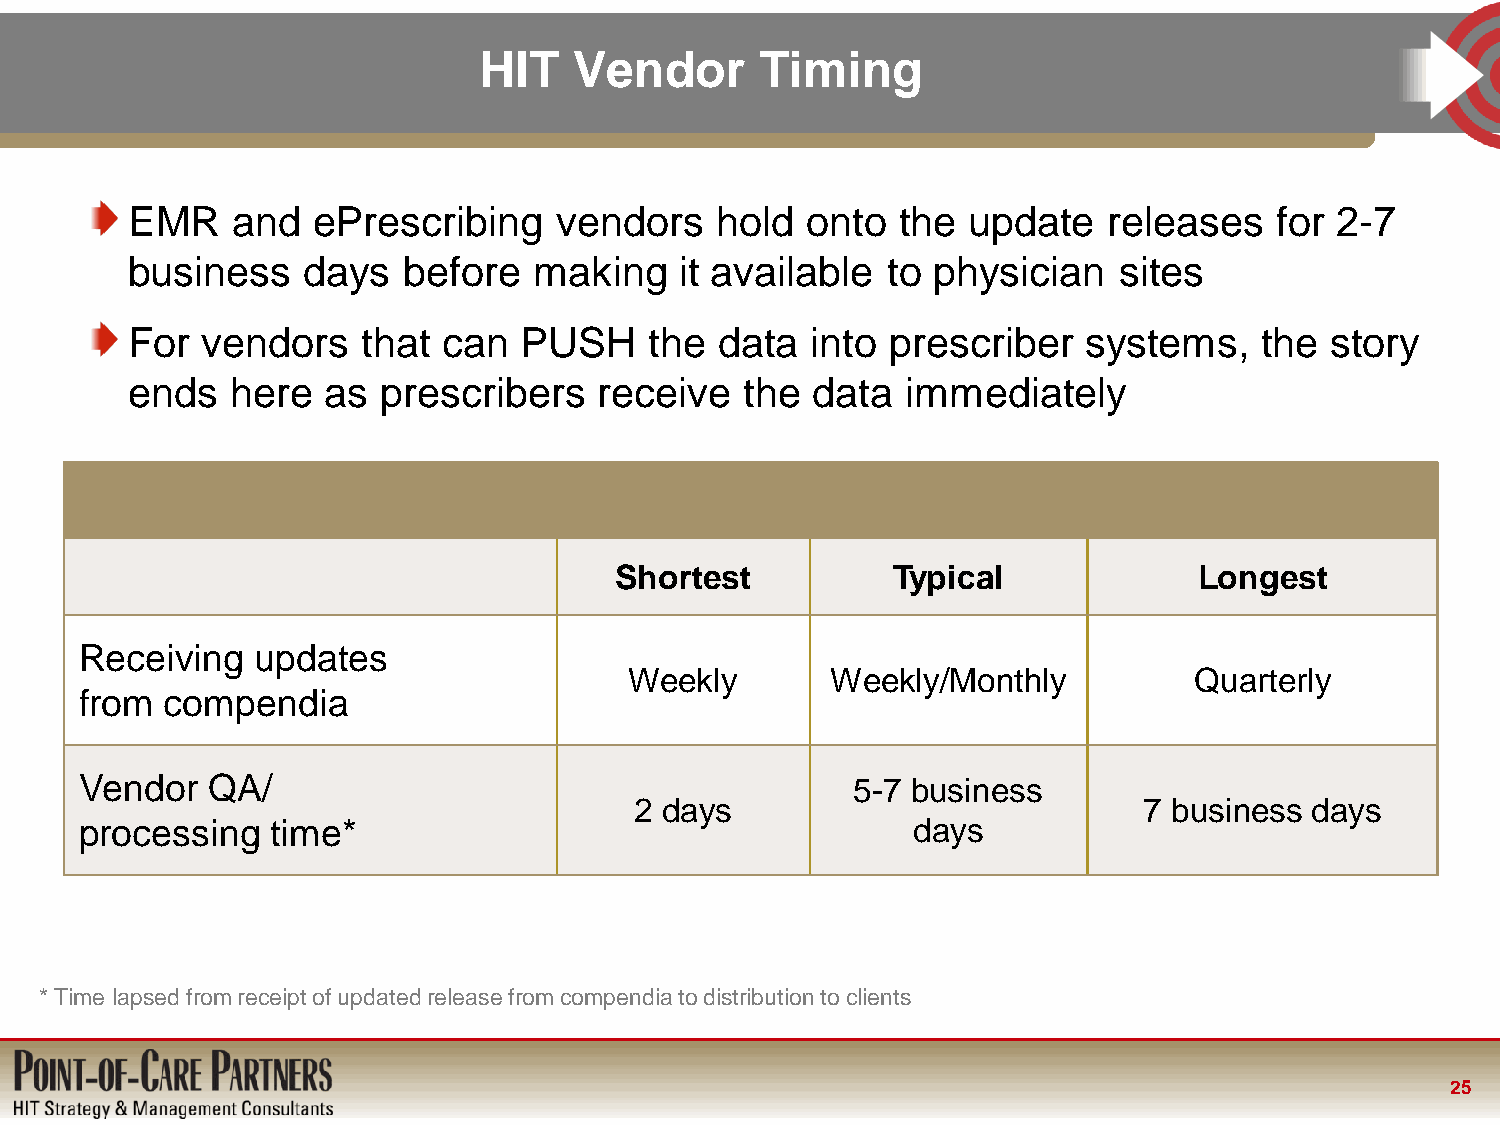
HIT   Vendor      Timing
 EMR    and   ePrescribing    vendors   hold  onto   the update   releases   for 2-7
 business    days   before  making    it available  to physician   sites
 For  vendors    that can  PUSH     the  data  into prescriber   systems,   the  story
 ends   here  as  prescribers    receive  the  data  immediately
 Shortest          Typical             Longest
 Receiving   updates
 Weekly       Weekly/Monthly          Quarterly
 from  compendia
 Vendor   QA/                                       5-7 business
 2 days                            7 business days
 processing   time*                                     days
 * Time lapsed from receipt of updated release from compendia to distribution to clients
 25